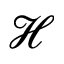
\mathscr { H }